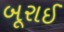
બૂરાઈ